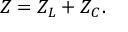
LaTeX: Z = Z _ { L } + Z _ { C } .